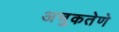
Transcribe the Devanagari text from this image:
अचुकतेणे